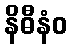
နိဓီနံဝ